画像に写った文字を読んでください
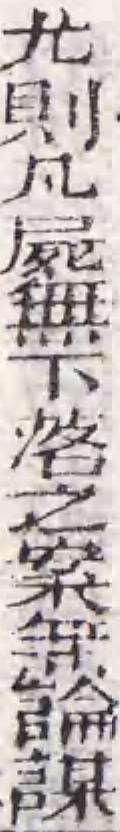
「尤則凡屍無下落之案無論謀」と書いてあります